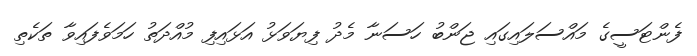
ފެންޓަސީގެ މައްސަލައިގައި ޖަންބު ހަސަނާ މެދު ފިޔަވަޅު އަޅައިފި މުއްދަތު ހަމަވެފައިވާ ތަކެތި